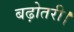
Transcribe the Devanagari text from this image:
बढ़ोतरी।